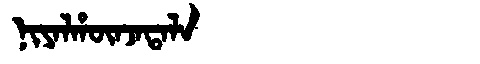
Manchu: ᠨᡳᠶᠠᠯᡥᡡᠨᠵᠠᡨᠠᠯᠠ
Romanization: NIYALHŪNJATALA